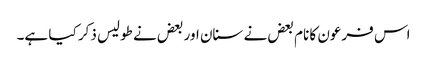
اس فرعون کا نام بعض نے سنان اور بعض نے طولیس ذکر کیا ہے۔